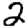
Digit: 2